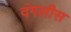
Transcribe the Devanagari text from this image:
दंगलीस